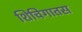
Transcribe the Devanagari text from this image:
शिचिगातस